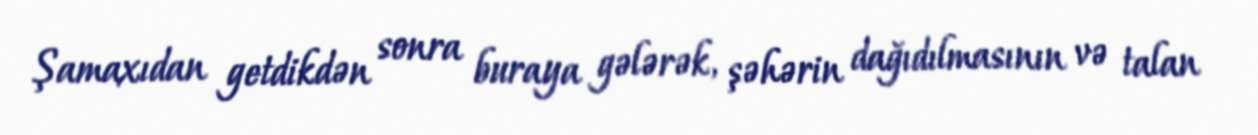
Şamaxıdan getdikdən sonra buraya gələrək, şəhərin dağıdılmasının və talan